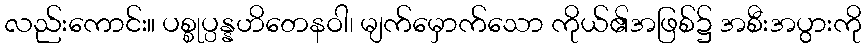
လည်းကောင်း။ ပစ္စုပ္ပန္နဟိတေနဝါ၊ မျက်မှောက်သော ကိုယ်၏အဖြစ်၌ အစီးအပွားကို